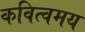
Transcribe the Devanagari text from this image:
कवित्वमय